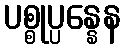
ပစ္စုပ္ပန္နေန